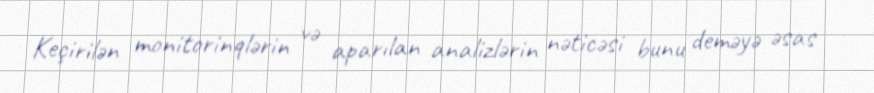
Keçirilən monitorinqlərin və aparılan analizlərin nəticəsi bunu deməyə əsas